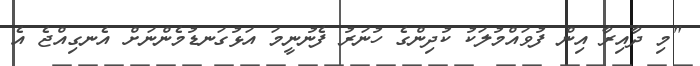
"މި ދާއިރާ އިން ފުވައްމުލަކު ކުދިންގެ ހުނަރު ފެނުނީމަ އަޅުގަނޑުމެންނަށް އެނގިއްޖެ އެ